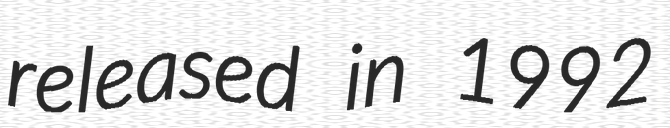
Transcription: released in 1992